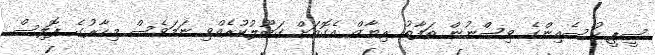
ސީޕީ ހުސެއިންގެ ވިސްނުން ތަފާތު ރިޔާޒް އެގޮތަށް ގަބޫލުކުރެއްވި ނަމަވެސް މިހާރުގެ ޕޮލިސް